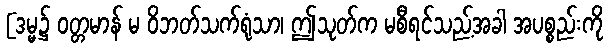
[ဒမ္မ၌ ဝတ္တမာန် မ ဝိဘတ်သက်ရုံသာ၊ ဤသုတ်က မစီရင်သည့်အခါ အပစ္စည်းကို